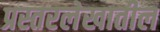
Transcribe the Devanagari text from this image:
प्रस्तरलेखातील